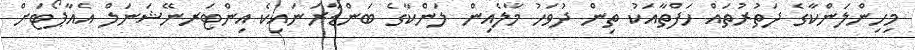
މިހިންލަންކާގެ ދަތުރުތައް ހަފްތާއަކު ތިން ދުވަހު މާލެއިން ލަންކާގެ ބަންޑާރަނައިކެ އިންޓަރނޭޝަނަލް އެއާޕޯޓަށް